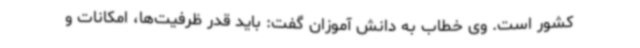
کشور است. وی خطاب به دانش آموزان گفت: باید قدر ظرفیت‌ها، امکانات و